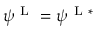
\psi ^ { \ensuremath { \mathrm { ~ L ~ } } } = \psi ^ { \ensuremath { \mathrm { ~ L ~ } } * }